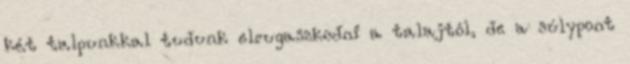
két talpunkkal tudunk elrugaszkodni a talajtól, de a súlypont